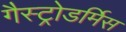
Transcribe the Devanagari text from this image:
गैस्ट्रोडर्मिस